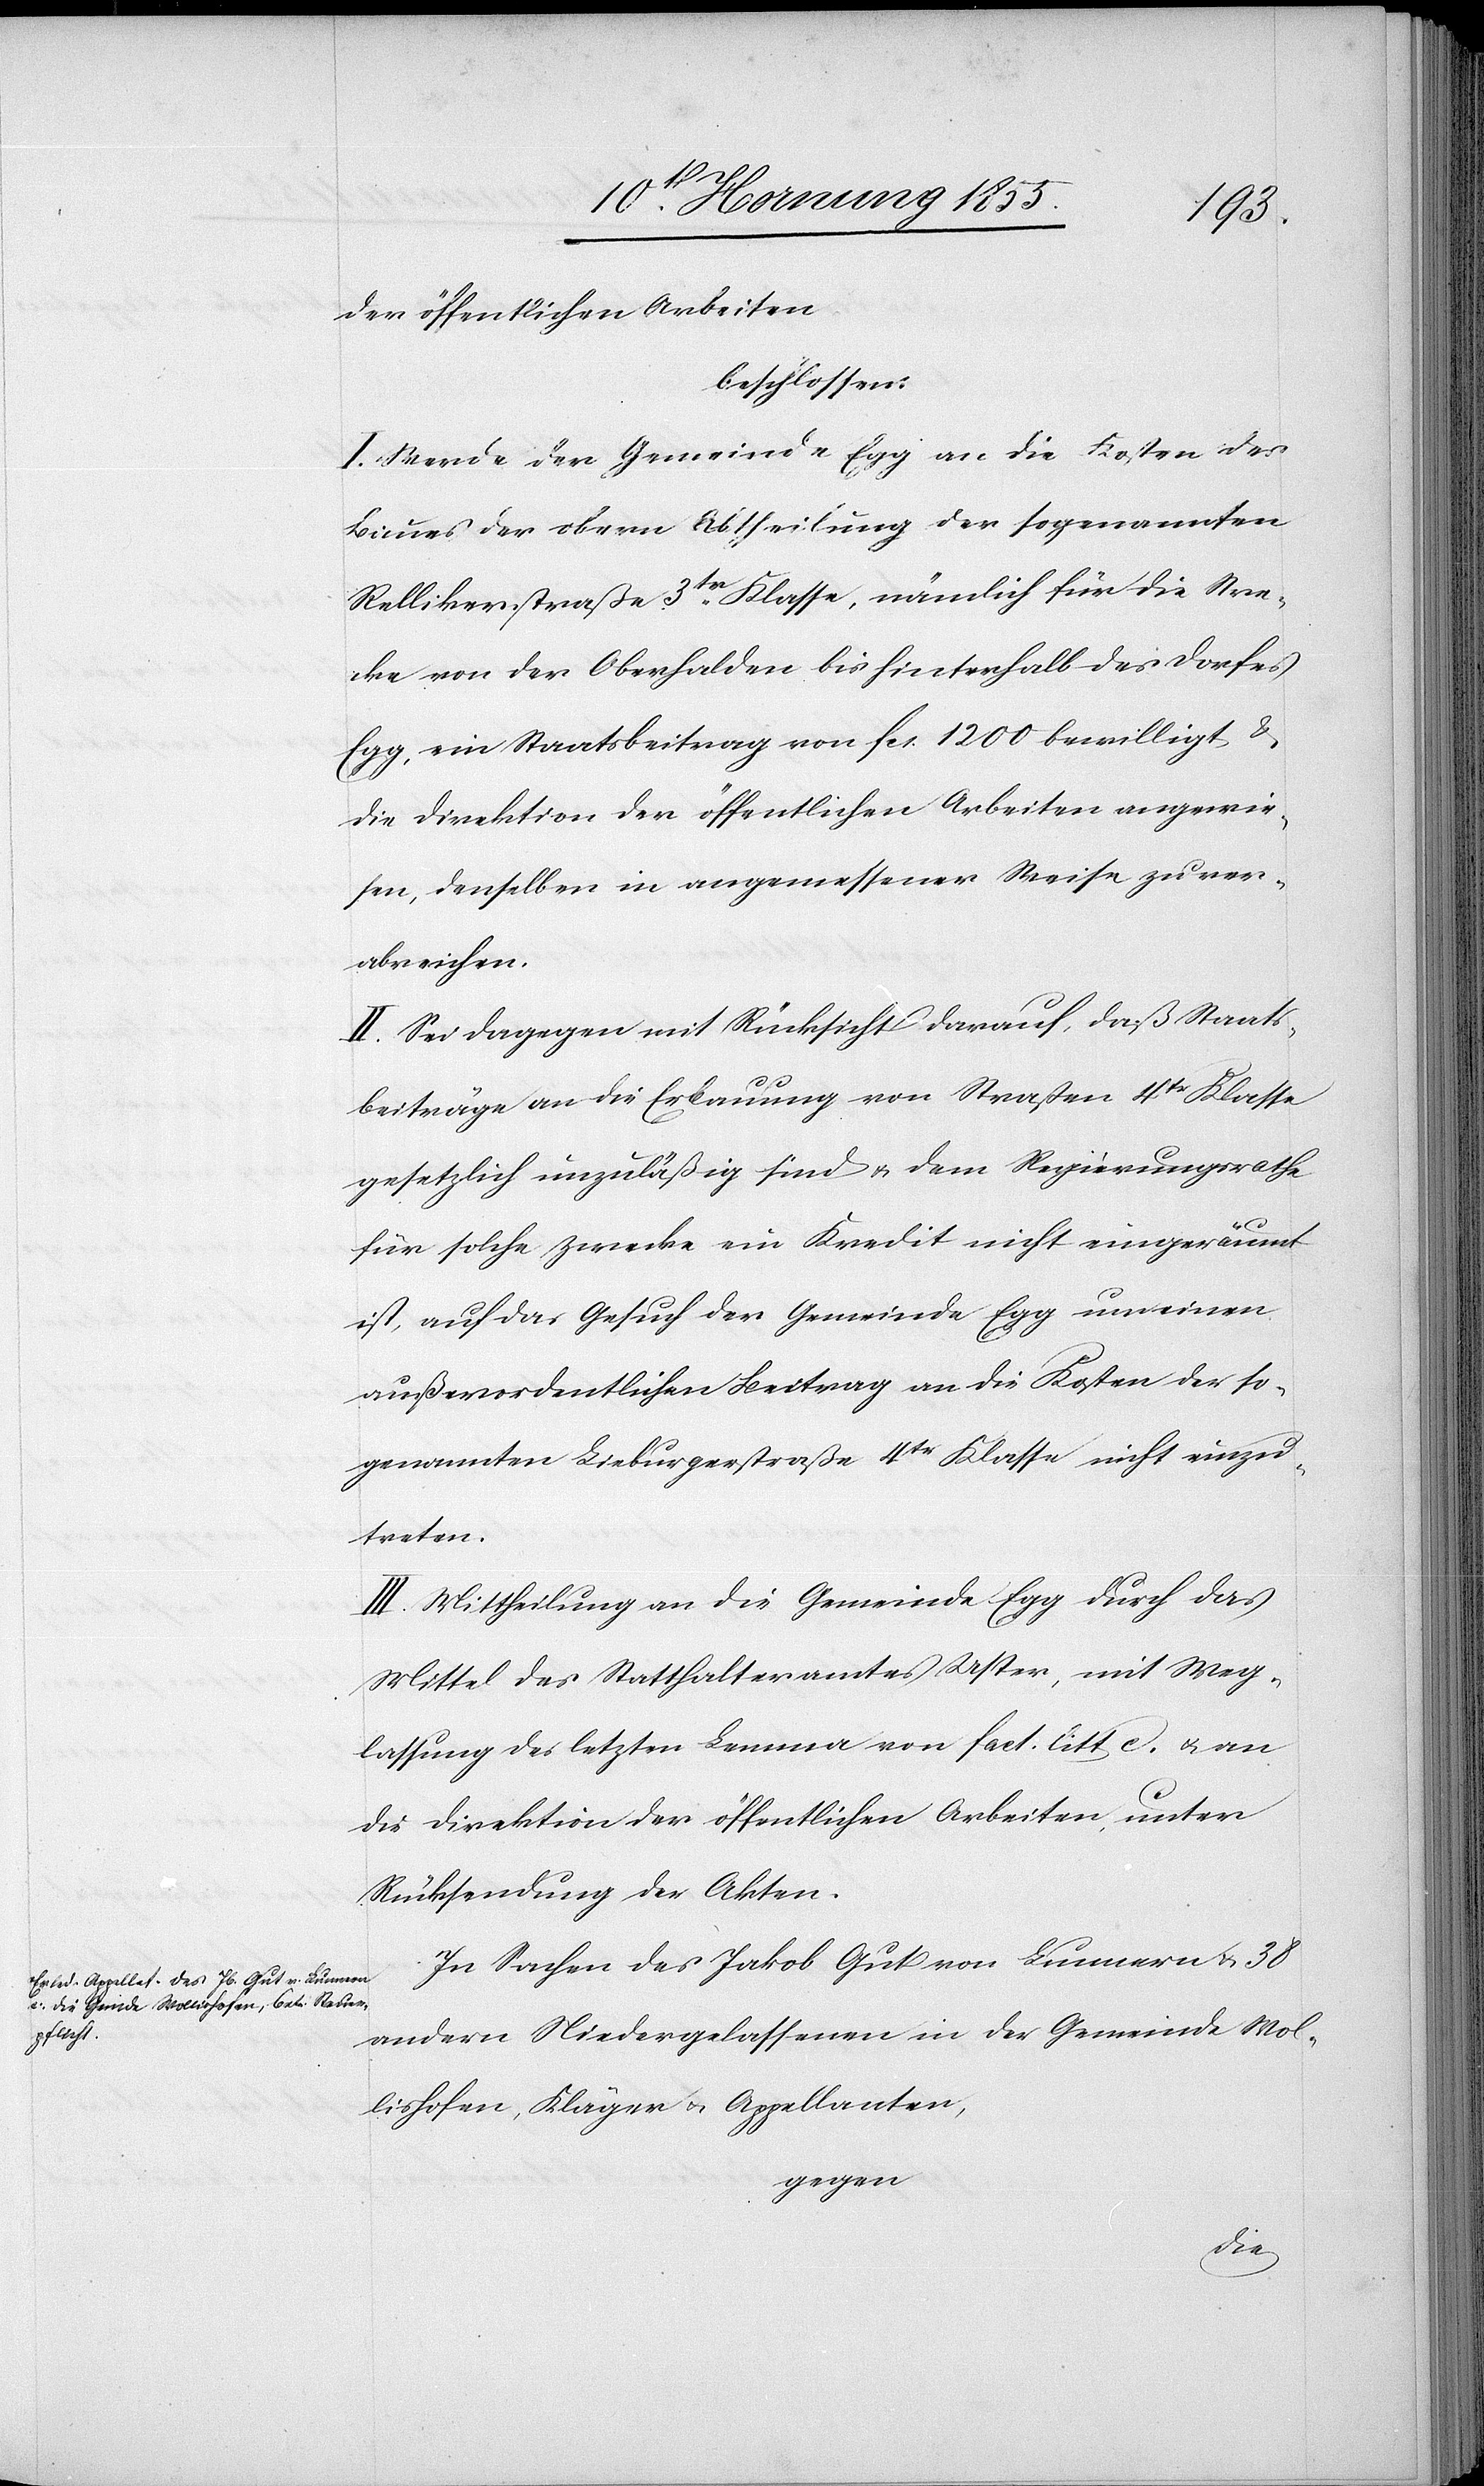
der öffentlichen Arbeiten
beschlossen:
I. Werde der Gemeinde Egg an die Kosten des
Baues der obern Abtheilung der sogenannten
Rellikerstraße 3tr. Klasse, nämlich für die Stre¬
cke von der Oberhalden bis hinterhalb des Dorfes
Egg, ein Staatsbeitrag von Fcs. 1200 bewilligt &
die Direktion der öffentlichen Arbeiten angewie¬
sen, denselben in angemessener Weise zu ver¬
abreichen.
II. Sei dagegen mit Rücksicht darauf, daß Staats¬
beiträge an die Erbauung von Straßen 4tr Klasse
gesetzlich unzuläßig sind & dem Regierungsrathe
für solche Zwecke ein Kredit nicht eingeräumt
ist, auf das Gesuch der Gemeinde Egg um einen
außerordentlichen Beitrag an die Kosten der so¬
genannten Lieburgerstraße 4tr Klasse nicht einzu¬
treten.
III. Mittheilung an die Gemeinde Egg durch das
Mittel des Statthalteramtes Uster, mit Weg¬
lassung des letzten Lemma von Fact. litt c. & an
die Direktion der öffentlichen Arbeiten, unter
Rücksendung der Akten.
In Sachen des Jakob Gut von Lunnern & 38
andern Niedergelassenen in der Gemeinde Wol¬
lishofen, Kläger & Appellanten,
gegen